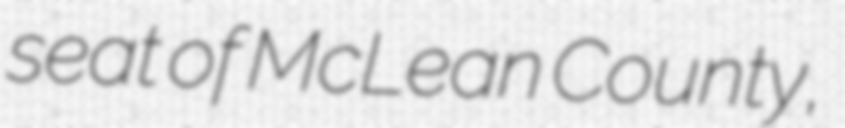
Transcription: seat of McLean County,